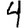
Digit: 4